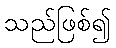
သည်ဖြစ်၍